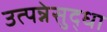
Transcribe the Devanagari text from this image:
उत्पन्नेसुद्धा